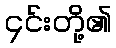
၄င်းတို့၏